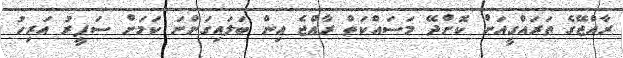
ރާއްޖޭގެ ތަރައްގީއަށް ކޮށްދޭ މަސައްކަތް ރާއްޖެ އިން ބަލައިގަންނަ ކަމަށް ސަފީރު އަރިހު